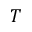
T